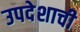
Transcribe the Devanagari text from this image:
उपदेशाची